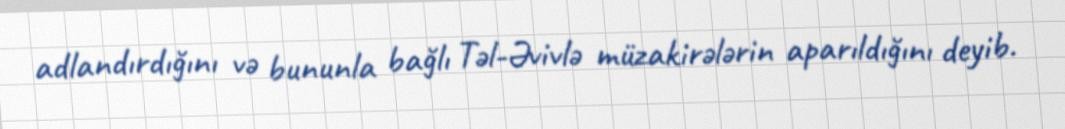
adlandırdığını və bununla bağlı Təl-Əvivlə müzakirələrin aparıldığını deyib.